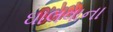
ઘાલવાના